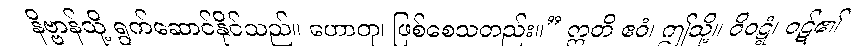
နိဗ္ဗာန်သို့ ရွက်ဆောင်နိုင်သည်။ ဟောတု၊ ဖြစ်စေသတည်း။” ဣတိ ဧဝံ၊ ဤသို့။ ဝိဝဋ္ဋံ၊ ဝဋ်၏